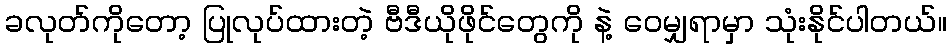
ခလုတ်ကိုတော့ ပြုလုပ်ထားတဲ့ ဗီဒီယိုဖိုင်တွေကို နဲ့ ဝေမျှရာမှာ သုံးနိုင်ပါတယ်။